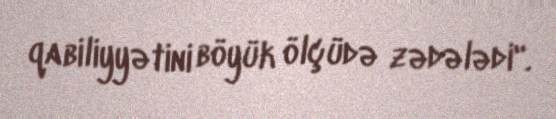
qabiliyyətini böyük ölçüdə zədələdi".